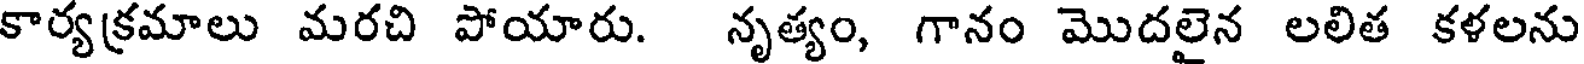
కార్యక్రమాలు మరచి పోయారు. నృత్యం, గానం మొదలైన లలిత కళలను